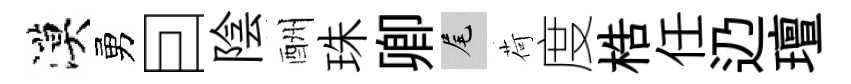
漠勇囙陰酬珠卿尾荷度梏任辸璮